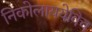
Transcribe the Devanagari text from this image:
निकोलाययेविच